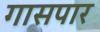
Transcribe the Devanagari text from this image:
गासपार